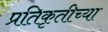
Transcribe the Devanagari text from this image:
प्रतिकृतीच्या